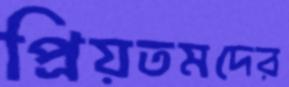
প্রিয়তমদের